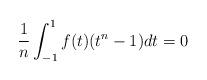
LaTeX: \begin{align*}\frac{1}{n}\int_{-1}^1f(t)(t^n-1)dt=0\end{align*}